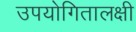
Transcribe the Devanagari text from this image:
उपयोगितालक्षी